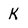
Character: K